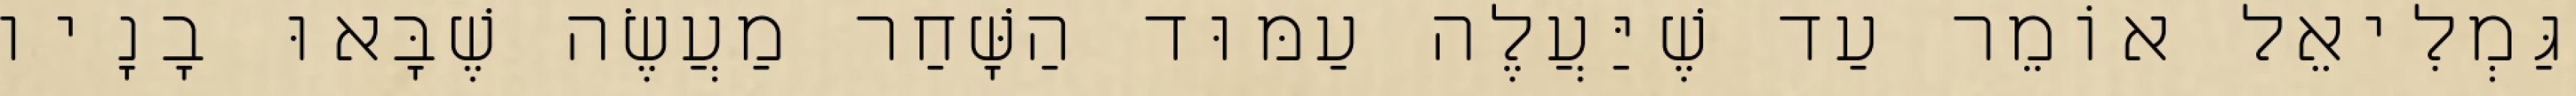
גַּמְלִיאֵל אוֹמֵר עַד שֶׁיַּעֲלֶה עַמּוּד הַשָּׁחַר מַעֲשֶׂה שֶׁבָּאוּ בָנָיו